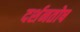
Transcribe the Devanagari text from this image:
दर्शनतोष